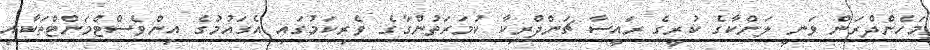
މަހެންދްރަން ވަނީ ލަންކާގެ ކުރީގެ ރައީސާ ޗަންދްރިކާ ކުމަރަތުންގާގެ ވެރިކަމުގައި އެގައުމުގެ އިންވެސްޓްމަންޓްތަކާއި